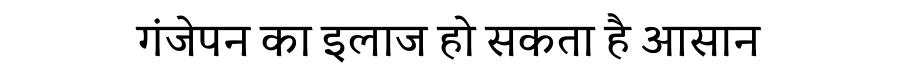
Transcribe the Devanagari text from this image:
गंजेपन का इलाज हो सकता है आसान